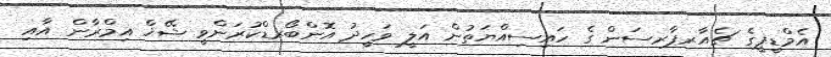
އެމްޑީޕީގެ ޗެއާރޕާރސަން ގެ ހައިިސިއްޔަތުން އަލީ ވަހީދު އޮންބޯރޑްކުރަންވީ ޝޭޚް އިމްރާން އާއި